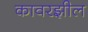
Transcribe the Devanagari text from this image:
कावरझील